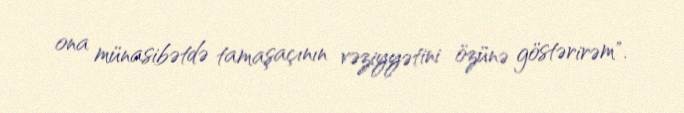
ona münasibətdə tamaşaçının vəziyyətini özünə göstərirəm".